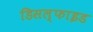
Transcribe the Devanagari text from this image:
डिसल्फाइड